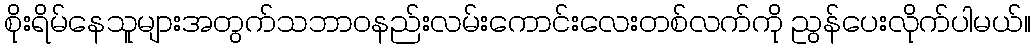
စိုးရိမ်နေသူများအတွက်သဘာဝနည်းလမ်းကောင်းလေးတစ်လက်ကို ညွန်ပေးလိုက်ပါမယ်။